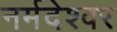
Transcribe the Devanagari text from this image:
नर्मदेश्‍वर